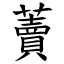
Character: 藚